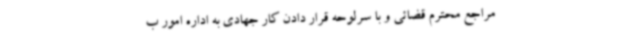
مراجع محترم قضائی و با سرلوحه قرار دادن کار جهادی به اداره امور ب